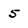
Character: 5